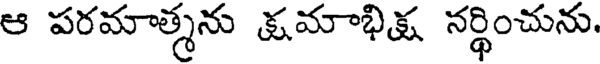
ఆ పరమాత్మను క్షమాభిక్ష నర్థించును.